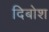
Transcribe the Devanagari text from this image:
दिबोश